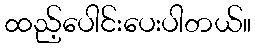
ထည့်ပေါင်းပေးပါတယ်။